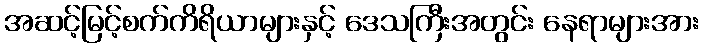
အဆင့်မြင့်စက်ကိရိယာများနှင့် ဒေသကြီးအတွင်း နေရာများအား